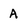
Character: a